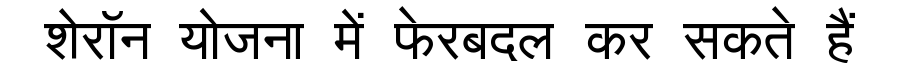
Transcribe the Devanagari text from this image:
शेरॉन योजना में फेरबदल कर सकते हैं